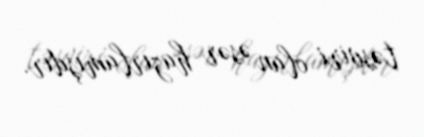
təsviri olan əsər hazırlamışdır.